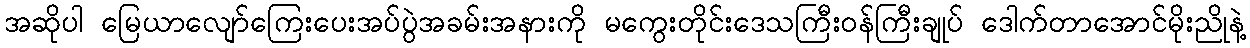
အဆိုပါ မြေယာလျော်ကြေးပေးအပ်ပွဲအခမ်းအနားကို မကွေးတိုင်းဒေသကြီးဝန်ကြီးချုပ် ဒေါက်တာအောင်မိုးညိုနဲ့